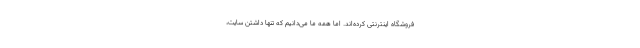
فروشگاه اینترنتی کرده‌اند. اما همه ما می‌دانیم که تنها داشتن سایت،